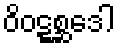
ဝိဝဋ္ဋစ္ဆဒေါ